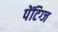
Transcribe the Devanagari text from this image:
पेंटिग्ज